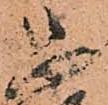
恐